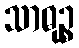
သာဓုဉ္စ